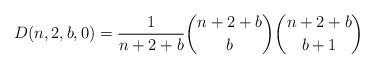
\begin{gather*} D(n,2,b,0)= {1 \over n+2+b}{n+2+b \choose b} {n+2+b \choose b+1} \end{gather*}